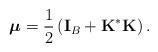
LaTeX: \begin{align*}\boldsymbol{\mu }=\frac{1}{2}\left( \mathbf{I}_{B}+\mathbf{K^{\ast }K}\right) . \end{align*}